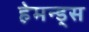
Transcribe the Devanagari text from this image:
हेमन्ड्स